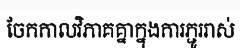
ចែកកាលវិភាគគ្នាក្នុងការភ្ជូររាស់